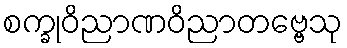
စက္ခုဝိညာဏဝိညာတဗ္ဗေသု